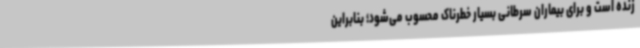
زنده است و برای بیماران سرطانی بسیار خطرناک محسوب می‌شود؛ بنابراین